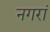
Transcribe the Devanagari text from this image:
नगरां